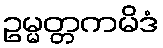
ဥမ္မတ္တကမိဒံ